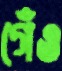
গেঁও